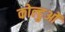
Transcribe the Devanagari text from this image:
कोल्हुओं